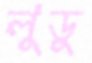
লুডু